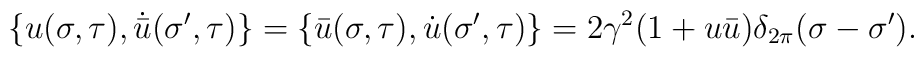
\{u(\sigma,\tau),\dot{\bar u}(\sigma',\tau)\}=\{\bar u(\sigma,\tau),\dot{u}(\sigma',\tau)\}=2\gamma^2(1+u\bar u)\delta_{2\pi}(\sigma-\sigma').